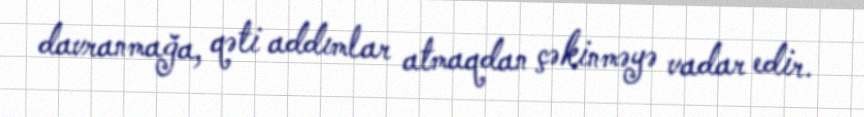
davranmağa, qəti addımlar atmaqdan çəkinməyə vadar edir.